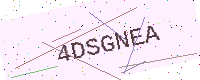
Text: 4DSGNEA